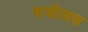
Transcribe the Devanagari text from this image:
मजीलस